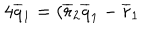
4 \overline { { { q } } } _ { 1 } = ( \overline { { { r } } } _ { 2 } \overline { { { q } } } _ { 1 } - \overline { { { r } } } _ { 1 }